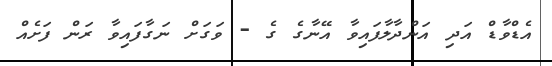
އެޑްވާޑް އަދި އަންދާލާފައިވާ އޭނާގެ ގެ - ވަގަށް ނަގާފައިވާ ރަން ފަށެއް